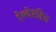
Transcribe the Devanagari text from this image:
रेल्वेसहित